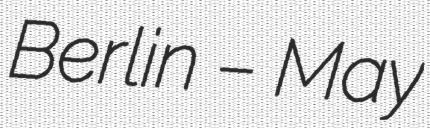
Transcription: Berlin – May